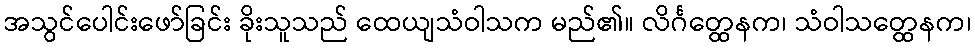
အသွင်ပေါင်းဖော်ခြင်း ခိုးသူသည် ထေယျသံဝါသက မည်၏။ လိင်္ဂတ္ထေနက၊ သံဝါသတ္ထေနက၊